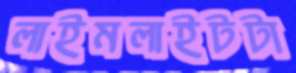
লাইমলাইটটা